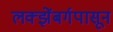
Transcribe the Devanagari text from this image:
लक्झेंबर्गपासून